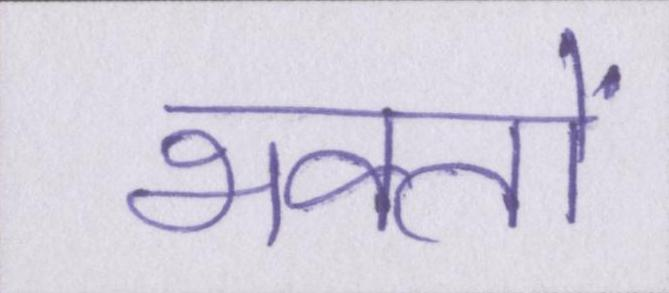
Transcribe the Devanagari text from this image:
भक्तों